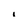
Character: i